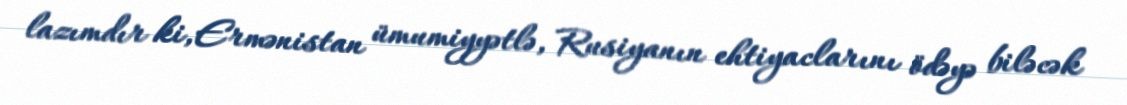
lazımdır ki, Ermənistan ümumiyyətlə, Rusiyanın ehtiyaclarını ödəyə biləcək